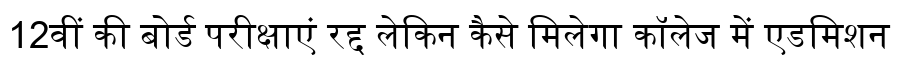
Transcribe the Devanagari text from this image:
12वीं की बोर्ड परीक्षाएं रद्द लेकिन कैसे मिलेगा कॉलेज में एडमिशन